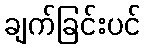
ချက်ခြင်းပင်